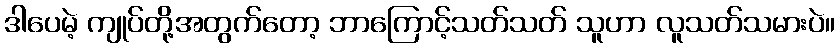
ဒါပေမဲ့ ကျုပ်တို့အတွက်တော့ ဘာကြောင့်သတ်သတ် သူဟာ လူသတ်သမားပဲ။